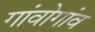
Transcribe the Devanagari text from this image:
गांवोगांव